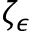
\zeta _ { \epsilon }